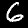
Digit: 6